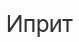
Иприт